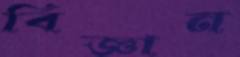
বিজ্ঞান